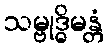
သမ္ဗုဒ္ဓိမန္တံ